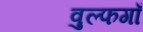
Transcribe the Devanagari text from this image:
वुल्फगाँ